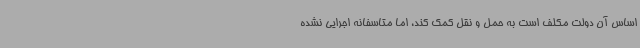
اساس آن دولت مکلف است به حمل و نقل کمک کند، اما متاسفانه اجرایی نشده